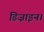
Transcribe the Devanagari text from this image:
डिज़ाइन।